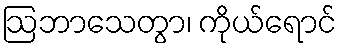
ဩဘာသေတွာ၊ ကိုယ်ရောင်